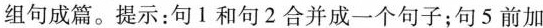
组句成篇。提示:句1和句2合并成一个句子;句5 前加